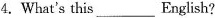
4.What's this___English?